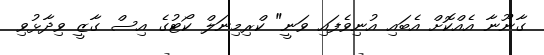
ގާނޫނާ އެއްކޮށް އެބައި އުނިވެފައި ވަނީ" ކްރިމިނަލް ކޯޓުގެ އިސް ގާޒީ ވިދާޅުވި